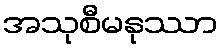
အသုစီမနုဿာ